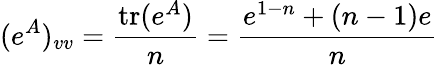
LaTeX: (e^{A})_{vv}=\frac{\textrm{tr}(e^{A})}{n}=\frac{e^{1-n}+(n-1)e}{n}